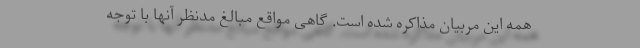
همه این مربیان مذاکره شده است. گاهی مواقع مبالغ مدنظر آنها با توجه